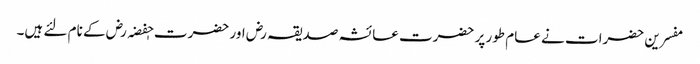
مفسرین حضرات نے عام طور پر حضرت عائشہ صدیقہ رض اور حضرت حٖفضہ رض کے نام لئے ہیں۔